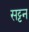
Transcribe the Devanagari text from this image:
सट्टन